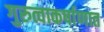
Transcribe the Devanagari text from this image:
गुरुत्वाकर्षाणात